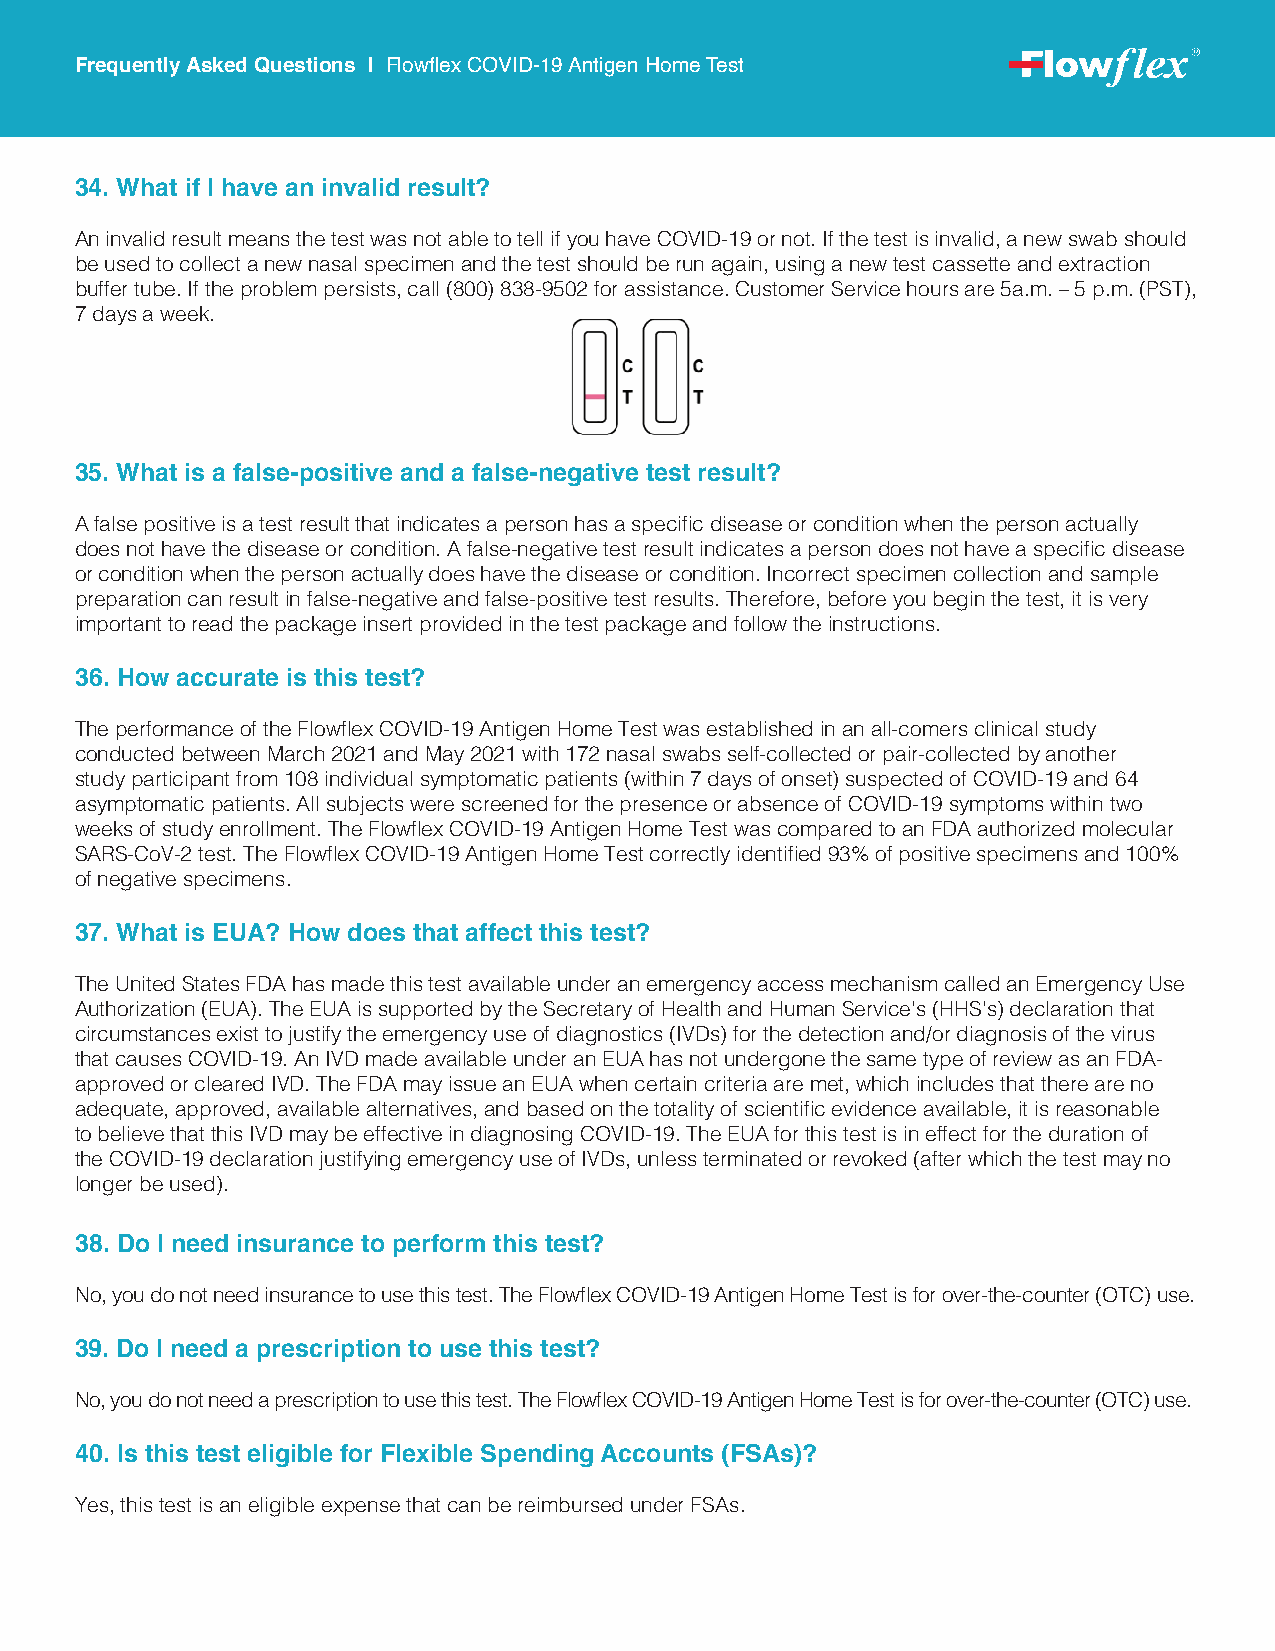
Frequently Asked Questions | Flowflex COVID-19 Antigen Home Test
 34. What if I have an invalid result?
 An invalid result means the test was not able to tell if you have COVID-19 or not. If the test is invalid, a new swab should
 be used to collect a new nasal specimen and the test should be run again, using a new test cassette and extraction
 buffer tube. If the problem persists, call (800) 838-9502 for assistance. Customer Service hours are 5a.m. – 5 p.m. (PST),
 7 days a week.
 35. What is a false-positive and a false-negative test result?
 A false positive is a test result that indicates a person has a specific disease or condition when the person actually
 does not have the disease or condition. A false-negative test result indicates a person does not have a specific disease
 or condition when the person actually does have the disease or condition. Incorrect specimen collection and sample
 preparation can result in false-negative and false-positive test results. Therefore, before you begin the test, it is very
 important to read the package insert provided in the test package and follow the instructions.
 36. How accurate is this test?
 The performance of the Flowflex COVID-19 Antigen Home Test was established in an all-comers clinical study
 conducted between March 2021 and May 2021 with 172 nasal swabs self-collected or pair-collected by another
 study participant from 108 individual symptomatic patients (within 7 days of onset) suspected of COVID-19 and 64
 asymptomatic patients. All subjects were screened for the presence or absence of COVID-19 symptoms within two
 weeks of study enrollment. The Flowflex COVID-19 Antigen Home Test was compared to an FDA authorized molecular
 SARS-CoV-2 test. The Flowflex COVID-19 Antigen Home Test correctly identified 93% of positive specimens and 100%
 of negative specimens.
 37. What is EUA? How does that affect this test?
 The United States FDA has made this test available under an emergency access mechanism called an Emergency Use
 Authorization (EUA). The EUA is supported by the Secretary of Health and Human Service’s (HHS’s) declaration that
 circumstances exist to justify the emergency use of diagnostics (IVDs) for the detection and/or diagnosis of the virus
 that causes COVID-19. An IVD made available under an EUA has not undergone the same type of review as an FDA-
 approved or cleared IVD. The FDA may issue an EUA when certain criteria are met, which includes that there are no
 adequate, approved, available alternatives, and based on the totality of scientific evidence available, it is reasonable
 to believe that this IVD may be effective in diagnosing COVID-19. The EUA for this test is in effect for the duration of
 the COVID-19 declaration justifying emergency use of IVDs, unless terminated or revoked (after which the test may no
 longer be used).
 38. Do I need insurance to perform this test?
 No, you do not need insurance to use this test. The Flowflex COVID-19 Antigen Home Test is for over-the-counter (OTC) use.
 39. Do I need a prescription to use this test?
 No, you do not need a prescription to use this test. The Flowflex COVID-19 Antigen Home Test is for over-the-counter (OTC) use.
 40. Is this test eligible for Flexible Spending Accounts (FSAs)?
 Yes, this test is an eligible expense that can be reimbursed under FSAs.